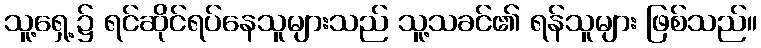
သူ့ရှေ့၌ ရင်ဆိုင်ရပ်နေသူများသည် သူ့သခင်၏ ရန်သူများ ဖြစ်သည်။